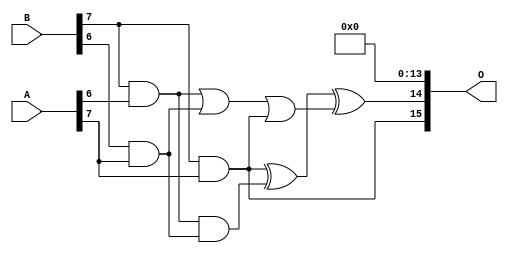
/***
* This code is a part of EvoApproxLib library (ehw.fit.vutbr.cz/approxlib) distributed under The MIT License.
* When used, please cite the following article(s): PRABAKARAN B. S., MRAZEK V., VASICEK Z., SEKANINA L., SHAFIQUE M. ApproxFPGAs: Embracing ASIC-based Approximate Arithmetic Components for FPGA-Based Systems. DAC 2020. 
***/
// MAE% = 0.0018 %
// MAE = 76450 
// WCE% = 0.0092 %
// WCE = 394341 
// WCRE% = 125.00 %
// EP% = 99.98 %
// MRE% = 0.10 %
// MSE = 87594.761e5 
// FPGA_POWER = 3.6
// FPGA_DELAY = 14
// FPGA_LUT = 214

module mult8_cgp14ep_ep65536_wc16384_2_csamcsa (
    A,
    B,
    O
);

input [7:0] A;
input [7:0] B;
output [15:0] O;

wire sig_225,sig_267,sig_268,sig_299,sig_300,sig_302,sig_328,sig_331;

assign sig_225 = B[7] & A[6];
assign sig_267 = B[6] & A[7];
assign sig_268 = B[7] & A[7];
assign sig_299 = sig_225 | sig_267;
assign sig_300 = sig_225 & sig_267;
assign sig_302 = sig_299 | sig_268;
assign sig_328 = sig_268 ^ sig_300;
assign sig_331 = sig_328 ^ sig_302;

assign O[15] = sig_268;
assign O[14] = sig_331;
assign O[13] = 1'b0;
assign O[12] = 1'b0;
assign O[11] = 1'b0;
assign O[10] = 1'b0;
assign O[9] = 1'b0;
assign O[8] = 1'b0;
assign O[7] = 1'b0;
assign O[6] = 1'b0;
assign O[5] = 1'b0;
assign O[4] = 1'b0;
assign O[3] = 1'b0;
assign O[2] = 1'b0;
assign O[1] = 1'b0;
assign O[0] = 1'b0;

endmodule

module mult8_cgp14ep_ep63897_wc761_csamrca (
    A,
    B,
    O
);

input [7:0] A;
input [7:0] B;
output [15:0] O;

wire sig_23,sig_30,sig_31,sig_44,sig_51,sig_52,sig_53,sig_79,sig_84,sig_85,sig_94,sig_95,sig_96,sig_122,sig_123,sig_127,sig_128,sig_130,sig_131,sig_134;
wire sig_136,sig_137,sig_138,sig_139,sig_160,sig_164,sig_165,sig_166,sig_167,sig_168,sig_169,sig_170,sig_171,sig_172,sig_173,sig_174,sig_178,sig_179,sig_180,sig_181;
wire sig_182,sig_194,sig_201,sig_203,sig_204,sig_205,sig_206,sig_207,sig_208,sig_209,sig_210,sig_211,sig_212,sig_213,sig_214,sig_215,sig_216,sig_217,sig_221,sig_222;
wire sig_223,sig_224,sig_225,sig_232,sig_241,sig_242,sig_243,sig_244,sig_245,sig_246,sig_247,sig_248,sig_249,sig_250,sig_251,sig_252,sig_253,sig_254,sig_255,sig_256;
wire sig_257,sig_258,sig_259,sig_260,sig_263,sig_264,sig_265,sig_266,sig_267,sig_268,sig_277,sig_279,sig_281,sig_282,sig_283,sig_284,sig_285,sig_286,sig_287,sig_288;
wire sig_289,sig_290,sig_291,sig_292,sig_293,sig_294,sig_295,sig_296,sig_297,sig_298,sig_299,sig_300,sig_301,sig_302,sig_303,sig_306,sig_307,sig_311,sig_312,sig_313;
wire sig_314,sig_315,sig_316,sig_317,sig_318,sig_319,sig_320,sig_321,sig_322,sig_323,sig_324,sig_325,sig_326,sig_327,sig_328,sig_329,sig_330,sig_331,sig_332,sig_333;
wire sig_334,sig_335;

assign sig_23 = B[7] & A[0];
assign sig_30 = B[6] & A[1];
assign sig_31 = B[7] & A[1];
assign sig_44 = sig_23 | sig_30;
assign sig_51 = B[5] & A[2];
assign sig_52 = B[6] & A[2];
assign sig_53 = B[7] & A[2];
assign sig_79 = sig_44 | sig_51;
assign sig_84 = sig_31 | sig_52;
assign sig_85 = sig_31 & sig_52;
assign sig_94 = B[5] & A[3];
assign sig_95 = B[6] & A[3];
assign sig_96 = B[7] & A[3];
assign sig_122 = sig_84 | sig_94;
assign sig_123 = sig_84 & sig_94;
assign sig_127 = sig_53 ^ sig_95;
assign sig_128 = sig_53 & sig_95;
assign sig_130 = sig_127 ^ sig_85;
assign sig_131 = sig_128 | sig_85;
assign sig_134 = B[2] & A[6];
assign sig_136 = B[4] & A[4];
assign sig_137 = B[5] & A[4];
assign sig_138 = B[6] & A[4];
assign sig_139 = B[7] & A[4];
assign sig_160 = sig_122 | sig_136;
assign sig_164 = sig_122 & sig_136;
assign sig_165 = sig_130 ^ sig_137;
assign sig_166 = sig_130 & sig_137;
assign sig_167 = sig_165 & sig_123;
assign sig_168 = sig_165 ^ sig_123;
assign sig_169 = sig_166 | sig_167;
assign sig_170 = sig_96 ^ sig_138;
assign sig_171 = sig_96 & sig_138;
assign sig_172 = sig_170 & sig_131;
assign sig_173 = sig_170 ^ sig_131;
assign sig_174 = sig_171 | sig_172;
assign sig_178 = B[3] & A[5];
assign sig_179 = B[4] & A[5];
assign sig_180 = B[5] & A[5];
assign sig_181 = B[6] & A[5];
assign sig_182 = B[7] & A[5];
assign sig_194 = sig_160 & sig_134;
assign sig_201 = sig_160 | sig_134;
assign sig_203 = sig_168 ^ sig_179;
assign sig_204 = sig_168 & sig_179;
assign sig_205 = sig_203 & sig_164;
assign sig_206 = sig_203 ^ sig_164;
assign sig_207 = sig_204 | sig_205;
assign sig_208 = sig_173 ^ sig_180;
assign sig_209 = sig_173 & sig_180;
assign sig_210 = sig_208 & sig_169;
assign sig_211 = sig_208 ^ sig_169;
assign sig_212 = sig_209 | sig_210;
assign sig_213 = sig_139 ^ sig_181;
assign sig_214 = sig_139 & sig_181;
assign sig_215 = sig_213 & sig_174;
assign sig_216 = sig_213 ^ sig_174;
assign sig_217 = sig_214 | sig_215;
assign sig_221 = B[3] & A[6];
assign sig_222 = B[4] & A[6];
assign sig_223 = B[5] & A[6];
assign sig_224 = B[6] & A[6];
assign sig_225 = B[7] & A[6];
assign sig_232 = A[7] & B[1];
assign sig_241 = sig_206 ^ sig_221;
assign sig_242 = sig_206 & sig_221;
assign sig_243 = sig_241 & sig_178;
assign sig_244 = sig_241 ^ sig_178;
assign sig_245 = sig_242 | sig_243;
assign sig_246 = sig_211 ^ sig_222;
assign sig_247 = sig_211 & sig_222;
assign sig_248 = sig_246 & sig_207;
assign sig_249 = sig_246 ^ sig_207;
assign sig_250 = sig_247 | sig_248;
assign sig_251 = sig_216 ^ sig_223;
assign sig_252 = sig_216 & sig_223;
assign sig_253 = sig_251 & sig_212;
assign sig_254 = sig_251 ^ sig_212;
assign sig_255 = sig_252 | sig_253;
assign sig_256 = sig_182 ^ sig_224;
assign sig_257 = sig_182 & sig_224;
assign sig_258 = sig_256 & sig_217;
assign sig_259 = sig_256 ^ sig_217;
assign sig_260 = sig_257 | sig_258;
assign sig_263 = B[2] & A[7];
assign sig_264 = B[3] & A[7];
assign sig_265 = B[4] & A[7];
assign sig_266 = B[5] & A[7];
assign sig_267 = B[6] & A[7];
assign sig_268 = B[7] & A[7];
assign sig_277 = sig_263 & sig_244;
assign sig_279 = sig_244 ^ sig_263;
assign sig_281 = sig_279 & sig_194;
assign sig_282 = sig_279 ^ sig_194;
assign sig_283 = sig_277 | sig_281;
assign sig_284 = sig_249 ^ sig_264;
assign sig_285 = sig_249 & sig_264;
assign sig_286 = sig_284 & sig_245;
assign sig_287 = sig_284 ^ sig_245;
assign sig_288 = sig_285 | sig_286;
assign sig_289 = sig_254 ^ sig_265;
assign sig_290 = sig_254 & sig_265;
assign sig_291 = sig_289 & sig_250;
assign sig_292 = sig_289 ^ sig_250;
assign sig_293 = sig_290 | sig_291;
assign sig_294 = sig_259 ^ sig_266;
assign sig_295 = sig_259 & sig_266;
assign sig_296 = sig_294 & sig_255;
assign sig_297 = sig_294 ^ sig_255;
assign sig_298 = sig_295 | sig_296;
assign sig_299 = sig_225 ^ sig_267;
assign sig_300 = sig_225 & sig_267;
assign sig_301 = sig_299 & sig_260;
assign sig_302 = sig_299 ^ sig_260;
assign sig_303 = sig_300 | sig_301;
assign sig_306 = sig_282 ^ sig_232;
assign sig_307 = sig_282 & sig_232;
assign sig_311 = sig_287 ^ sig_283;
assign sig_312 = sig_287 & sig_283;
assign sig_313 = sig_311 & sig_307;
assign sig_314 = sig_311 ^ sig_307;
assign sig_315 = sig_312 | sig_313;
assign sig_316 = sig_292 ^ sig_288;
assign sig_317 = sig_292 & sig_288;
assign sig_318 = sig_316 & sig_315;
assign sig_319 = sig_316 ^ sig_315;
assign sig_320 = sig_317 | sig_318;
assign sig_321 = sig_297 ^ sig_293;
assign sig_322 = sig_297 & sig_293;
assign sig_323 = sig_321 & sig_320;
assign sig_324 = sig_321 ^ sig_320;
assign sig_325 = sig_322 | sig_323;
assign sig_326 = sig_302 ^ sig_298;
assign sig_327 = sig_302 & sig_298;
assign sig_328 = sig_326 & sig_325;
assign sig_329 = sig_326 ^ sig_325;
assign sig_330 = sig_327 | sig_328;
assign sig_331 = sig_268 ^ sig_303;
assign sig_332 = A[7] & sig_303;
assign sig_333 = sig_268 & sig_330;
assign sig_334 = sig_331 ^ sig_330;
assign sig_335 = sig_332 | sig_333;

assign O[15] = sig_335;
assign O[14] = sig_334;
assign O[13] = sig_329;
assign O[12] = sig_324;
assign O[11] = sig_319;
assign O[10] = sig_314;
assign O[9] = sig_306;
assign O[8] = sig_201;
assign O[7] = sig_79;
assign O[6] = sig_232;
assign O[5] = 1'b0;
assign O[4] = sig_136;
assign O[3] = 1'b0;
assign O[2] = 1'b0;
assign O[1] = 1'b0;
assign O[0] = 1'b0;

endmodule



module mul8_364(A, B, O);
  input [7:0] A;
  input [7:0] B;
  output [15:0] O;
  wire [2031:0] N;

  assign N[0] = A[0];
  assign N[1] = A[0];
  assign N[2] = A[1];
  assign N[3] = A[1];
  assign N[4] = A[2];
  assign N[5] = A[2];
  assign N[6] = A[3];
  assign N[7] = A[3];
  assign N[8] = A[4];
  assign N[9] = A[4];
  assign N[10] = A[5];
  assign N[11] = A[5];
  assign N[12] = A[6];
  assign N[13] = A[6];
  assign N[14] = A[7];
  assign N[15] = A[7];
  assign N[16] = B[0];
  assign N[17] = B[0];
  assign N[18] = B[1];
  assign N[19] = B[1];
  assign N[20] = B[2];
  assign N[21] = B[2];
  assign N[22] = B[3];
  assign N[23] = B[3];
  assign N[24] = B[4];
  assign N[25] = B[4];
  assign N[26] = B[5];
  assign N[27] = B[5];
  assign N[28] = B[6];
  assign N[29] = B[6];
  assign N[30] = B[7];
  assign N[31] = B[7];

  PDKGENAND2X1 n32(.A(N[0]), .B(N[16]), .Y(N[32]));
  PDKGENAND2X1 n48(.A(N[2]), .B(N[16]), .Y(N[48]));
  PDKGENAND2X1 n64(.A(N[4]), .B(N[16]), .Y(N[64]));
  PDKGENAND2X1 n82(.A(N[6]), .B(N[16]), .Y(N[82]));
  PDKGENAND2X1 n98(.A(N[8]), .B(N[16]), .Y(N[98]));
  PDKGENAND2X1 n114(.A(N[10]), .B(N[16]), .Y(N[114]));
  PDKGENAND2X1 n132(.A(N[12]), .B(N[16]), .Y(N[132]));
  PDKGENAND2X1 n148(.A(N[14]), .B(N[16]), .Y(N[148]));
  assign N[149] = N[148];
  PDKGENAND2X1 n164(.A(N[0]), .B(N[18]), .Y(N[164]));
  PDKGENBUFX2 n166(.A(N[149]), .Y(N[166]));
  assign N[167] = N[166];
  PDKGENAND2X1 n182(.A(N[2]), .B(N[18]), .Y(N[182]));
  PDKGENAND2X1 n198(.A(N[4]), .B(N[18]), .Y(N[198]));
  PDKGENAND2X1 n214(.A(N[6]), .B(N[18]), .Y(N[214]));
  PDKGENAND2X1 n232(.A(N[8]), .B(N[18]), .Y(N[232]));
  PDKGENAND2X1 n248(.A(N[10]), .B(N[18]), .Y(N[248]));
  PDKGENAND2X1 n264(.A(N[12]), .B(N[18]), .Y(N[264]));
  PDKGENAND2X1 n282(.A(N[14]), .B(N[18]), .Y(N[282]));
  PDKGENHAX1 n298(.A(N[48]), .B(N[164]), .YS(N[298]), .YC(N[299]));
  PDKGENHAX1 n314(.A(N[64]), .B(N[182]), .YS(N[314]), .YC(N[315]));
  PDKGENHAX1 n332(.A(N[82]), .B(N[198]), .YS(N[332]), .YC(N[333]));
  PDKGENHAX1 n348(.A(N[98]), .B(N[214]), .YS(N[348]), .YC(N[349]));
  PDKGENHAX1 n364(.A(N[114]), .B(N[232]), .YS(N[364]), .YC(N[365]));
  PDKGENHAX1 n382(.A(N[132]), .B(N[248]), .YS(N[382]), .YC(N[383]));
  PDKGENHAX1 n398(.A(N[167]), .B(N[264]), .YS(N[398]), .YC(N[399]));
  PDKGENAND2X1 n414(.A(N[0]), .B(N[20]), .Y(N[414]));
  PDKGENAND2X1 n432(.A(N[2]), .B(N[20]), .Y(N[432]));
  PDKGENAND2X1 n448(.A(N[4]), .B(N[20]), .Y(N[448]));
  PDKGENAND2X1 n464(.A(N[6]), .B(N[20]), .Y(N[464]));
  PDKGENAND2X1 n482(.A(N[8]), .B(N[20]), .Y(N[482]));
  PDKGENAND2X1 n498(.A(N[10]), .B(N[20]), .Y(N[498]));
  PDKGENAND2X1 n514(.A(N[12]), .B(N[20]), .Y(N[514]));
  PDKGENAND2X1 n532(.A(N[14]), .B(N[20]), .Y(N[532]));
  PDKGENFAX1 n548(.A(N[314]), .B(N[414]), .C(N[299]), .YS(N[548]), .YC(N[549]));
  PDKGENFAX1 n564(.A(N[332]), .B(N[432]), .C(N[315]), .YS(N[564]), .YC(N[565]));
  PDKGENFAX1 n582(.A(N[348]), .B(N[448]), .C(N[333]), .YS(N[582]), .YC(N[583]));
  PDKGENFAX1 n598(.A(N[364]), .B(N[464]), .C(N[349]), .YS(N[598]), .YC(N[599]));
  PDKGENFAX1 n614(.A(N[382]), .B(N[482]), .C(N[365]), .YS(N[614]), .YC(N[615]));
  PDKGENFAX1 n632(.A(N[398]), .B(N[498]), .C(N[383]), .YS(N[632]), .YC(N[633]));
  PDKGENFAX1 n648(.A(N[282]), .B(N[514]), .C(N[399]), .YS(N[648]), .YC(N[649]));
  PDKGENAND2X1 n664(.A(N[0]), .B(N[22]), .Y(N[664]));
  PDKGENAND2X1 n682(.A(N[2]), .B(N[22]), .Y(N[682]));
  PDKGENAND2X1 n698(.A(N[4]), .B(N[22]), .Y(N[698]));
  PDKGENAND2X1 n714(.A(N[6]), .B(N[22]), .Y(N[714]));
  PDKGENAND2X1 n732(.A(N[8]), .B(N[22]), .Y(N[732]));
  PDKGENAND2X1 n748(.A(N[10]), .B(N[22]), .Y(N[748]));
  PDKGENAND2X1 n764(.A(N[12]), .B(N[22]), .Y(N[764]));
  PDKGENAND2X1 n782(.A(N[14]), .B(N[22]), .Y(N[782]));
  PDKGENFAX1 n798(.A(N[564]), .B(N[664]), .C(N[549]), .YS(N[798]), .YC(N[799]));
  PDKGENFAX1 n814(.A(N[582]), .B(N[682]), .C(N[565]), .YS(N[814]), .YC(N[815]));
  PDKGENFAX1 n832(.A(N[598]), .B(N[698]), .C(N[583]), .YS(N[832]), .YC(N[833]));
  PDKGENFAX1 n848(.A(N[614]), .B(N[714]), .C(N[599]), .YS(N[848]), .YC(N[849]));
  PDKGENFAX1 n864(.A(N[632]), .B(N[732]), .C(N[615]), .YS(N[864]), .YC(N[865]));
  PDKGENFAX1 n882(.A(N[648]), .B(N[748]), .C(N[633]), .YS(N[882]), .YC(N[883]));
  PDKGENFAX1 n898(.A(N[532]), .B(N[764]), .C(N[649]), .YS(N[898]), .YC(N[899]));
  PDKGENAND2X1 n914(.A(N[0]), .B(N[24]), .Y(N[914]));
  PDKGENAND2X1 n932(.A(N[2]), .B(N[24]), .Y(N[932]));
  PDKGENAND2X1 n948(.A(N[4]), .B(N[24]), .Y(N[948]));
  PDKGENAND2X1 n964(.A(N[6]), .B(N[24]), .Y(N[964]));
  PDKGENAND2X1 n982(.A(N[8]), .B(N[24]), .Y(N[982]));
  PDKGENAND2X1 n998(.A(N[10]), .B(N[24]), .Y(N[998]));
  PDKGENAND2X1 n1014(.A(N[12]), .B(N[24]), .Y(N[1014]));
  PDKGENAND2X1 n1032(.A(N[14]), .B(N[24]), .Y(N[1032]));
  PDKGENFAX1 n1048(.A(N[814]), .B(N[914]), .C(N[799]), .YS(N[1048]), .YC(N[1049]));
  PDKGENFAX1 n1064(.A(N[832]), .B(N[932]), .C(N[815]), .YS(N[1064]), .YC(N[1065]));
  PDKGENFAX1 n1082(.A(N[848]), .B(N[948]), .C(N[833]), .YS(N[1082]), .YC(N[1083]));
  PDKGENFAX1 n1098(.A(N[864]), .B(N[964]), .C(N[849]), .YS(N[1098]), .YC(N[1099]));
  PDKGENFAX1 n1114(.A(N[882]), .B(N[982]), .C(N[865]), .YS(N[1114]), .YC(N[1115]));
  PDKGENFAX1 n1132(.A(N[898]), .B(N[998]), .C(N[883]), .YS(N[1132]), .YC(N[1133]));
  PDKGENFAX1 n1148(.A(N[782]), .B(N[1014]), .C(N[899]), .YS(N[1148]), .YC(N[1149]));
  PDKGENAND2X1 n1164(.A(N[0]), .B(N[26]), .Y(N[1164]));
  PDKGENAND2X1 n1182(.A(N[2]), .B(N[26]), .Y(N[1182]));
  PDKGENAND2X1 n1198(.A(N[4]), .B(N[26]), .Y(N[1198]));
  PDKGENAND2X1 n1214(.A(N[6]), .B(N[26]), .Y(N[1214]));
  PDKGENAND2X1 n1232(.A(N[8]), .B(N[26]), .Y(N[1232]));
  PDKGENAND2X1 n1248(.A(N[10]), .B(N[26]), .Y(N[1248]));
  PDKGENAND2X1 n1264(.A(N[12]), .B(N[26]), .Y(N[1264]));
  PDKGENAND2X1 n1282(.A(N[14]), .B(N[26]), .Y(N[1282]));
  PDKGENFAX1 n1298(.A(N[1064]), .B(N[1164]), .C(N[1049]), .YS(N[1298]), .YC(N[1299]));
  PDKGENFAX1 n1314(.A(N[1082]), .B(N[1182]), .C(N[1065]), .YS(N[1314]), .YC(N[1315]));
  PDKGENFAX1 n1332(.A(N[1098]), .B(N[1198]), .C(N[1083]), .YS(N[1332]), .YC(N[1333]));
  PDKGENFAX1 n1348(.A(N[1114]), .B(N[1214]), .C(N[1099]), .YS(N[1348]), .YC(N[1349]));
  PDKGENFAX1 n1364(.A(N[1132]), .B(N[1232]), .C(N[1115]), .YS(N[1364]), .YC(N[1365]));
  PDKGENFAX1 n1382(.A(N[1148]), .B(N[1248]), .C(N[1133]), .YS(N[1382]), .YC(N[1383]));
  PDKGENFAX1 n1398(.A(N[1032]), .B(N[1264]), .C(N[1149]), .YS(N[1398]), .YC(N[1399]));
  PDKGENAND2X1 n1414(.A(N[0]), .B(N[28]), .Y(N[1414]));
  PDKGENAND2X1 n1432(.A(N[2]), .B(N[28]), .Y(N[1432]));
  PDKGENAND2X1 n1448(.A(N[4]), .B(N[28]), .Y(N[1448]));
  PDKGENAND2X1 n1464(.A(N[6]), .B(N[28]), .Y(N[1464]));
  PDKGENAND2X1 n1482(.A(N[8]), .B(N[28]), .Y(N[1482]));
  PDKGENAND2X1 n1498(.A(N[10]), .B(N[28]), .Y(N[1498]));
  PDKGENAND2X1 n1514(.A(N[12]), .B(N[28]), .Y(N[1514]));
  PDKGENAND2X1 n1532(.A(N[14]), .B(N[28]), .Y(N[1532]));
  PDKGENFAX1 n1548(.A(N[1314]), .B(N[1414]), .C(N[1299]), .YS(N[1548]), .YC(N[1549]));
  PDKGENFAX1 n1564(.A(N[1332]), .B(N[1432]), .C(N[1315]), .YS(N[1564]), .YC(N[1565]));
  PDKGENFAX1 n1582(.A(N[1348]), .B(N[1448]), .C(N[1333]), .YS(N[1582]), .YC(N[1583]));
  PDKGENFAX1 n1598(.A(N[1364]), .B(N[1464]), .C(N[1349]), .YS(N[1598]), .YC(N[1599]));
  PDKGENFAX1 n1614(.A(N[1382]), .B(N[1482]), .C(N[1365]), .YS(N[1614]), .YC(N[1615]));
  PDKGENFAX1 n1632(.A(N[1398]), .B(N[1498]), .C(N[1383]), .YS(N[1632]), .YC(N[1633]));
  PDKGENFAX1 n1648(.A(N[1282]), .B(N[1514]), .C(N[1399]), .YS(N[1648]), .YC(N[1649]));
  PDKGENAND2X1 n1664(.A(N[0]), .B(N[30]), .Y(N[1664]));
  PDKGENAND2X1 n1682(.A(N[2]), .B(N[30]), .Y(N[1682]));
  PDKGENAND2X1 n1698(.A(N[4]), .B(N[30]), .Y(N[1698]));
  PDKGENAND2X1 n1714(.A(N[6]), .B(N[30]), .Y(N[1714]));
  PDKGENAND2X1 n1732(.A(N[8]), .B(N[30]), .Y(N[1732]));
  PDKGENAND2X1 n1748(.A(N[10]), .B(N[30]), .Y(N[1748]));
  PDKGENAND2X1 n1764(.A(N[12]), .B(N[30]), .Y(N[1764]));
  PDKGENAND2X1 n1782(.A(N[14]), .B(N[30]), .Y(N[1782]));
  PDKGENFAX1 n1798(.A(N[1564]), .B(N[1664]), .C(N[1549]), .YS(N[1798]), .YC(N[1799]));
  PDKGENFAX1 n1814(.A(N[1582]), .B(N[1682]), .C(N[1565]), .YS(N[1814]), .YC(N[1815]));
  PDKGENFAX1 n1832(.A(N[1598]), .B(N[1698]), .C(N[1583]), .YS(N[1832]), .YC(N[1833]));
  PDKGENFAX1 n1848(.A(N[1614]), .B(N[1714]), .C(N[1599]), .YS(N[1848]), .YC(N[1849]));
  PDKGENFAX1 n1864(.A(N[1632]), .B(N[1732]), .C(N[1615]), .YS(N[1864]), .YC(N[1865]));
  PDKGENFAX1 n1882(.A(N[1648]), .B(N[1748]), .C(N[1633]), .YS(N[1882]), .YC(N[1883]));
  PDKGENFAX1 n1898(.A(N[1532]), .B(N[1764]), .C(N[1649]), .YS(N[1898]), .YC(N[1899]));
  PDKGENHAX1 n1914(.A(N[1814]), .B(N[1799]), .YS(N[1914]), .YC(N[1915]));
  PDKGENFAX1 n1932(.A(N[1832]), .B(N[1815]), .C(N[1915]), .YS(N[1932]), .YC(N[1933]));
  PDKGENFAX1 n1948(.A(N[1848]), .B(N[1833]), .C(N[1933]), .YS(N[1948]), .YC(N[1949]));
  PDKGENFAX1 n1964(.A(N[1864]), .B(N[1849]), .C(N[1949]), .YS(N[1964]), .YC(N[1965]));
  PDKGENFAX1 n1982(.A(N[1882]), .B(N[1865]), .C(N[1965]), .YS(N[1982]), .YC(N[1983]));
  PDKGENFAX1 n1998(.A(N[1898]), .B(N[1883]), .C(N[1983]), .YS(N[1998]), .YC(N[1999]));
  PDKGENFAX1 n2014(.A(N[1782]), .B(N[1899]), .C(N[1999]), .YS(N[2014]), .YC(N[2015]));

  assign O[0] = N[32];
  assign O[1] = N[298];
  assign O[2] = N[548];
  assign O[3] = N[798];
  assign O[4] = N[1048];
  assign O[5] = N[1298];
  assign O[6] = N[1548];
  assign O[7] = N[1798];
  assign O[8] = N[1914];
  assign O[9] = N[1932];
  assign O[10] = N[1948];
  assign O[11] = N[1964];
  assign O[12] = N[1982];
  assign O[13] = N[1998];
  assign O[14] = N[2014];
  assign O[15] = N[2015];

endmodule

module CLA32bit(a,b,c_in,sum,c_out);

input [31:0]a,b;
input c_in;
output [31:0]sum;
output c_out;

wire [31:0] sum_out,  p,  g;
wire [7:0] PPP, GGG;
wire [8:0] CC;

assign p[31:0] = a[31:0] ^ b[31:0];
assign g[31:0] = a[31:0] & b[31:0];

assign PPP[0]= p [3] & p [2] & p [1] & p [0];
assign PPP[1]= p [7] & p [6] & p [5] & p [4];
assign PPP[2]= p[11] & p[10] & p [9] & p [8];
assign PPP[3]= p[15] & p[14] & p[13] & p[12];
assign PPP[4]= p[19] & p[18] & p[17] & p[16];
assign PPP[5]= p[23] & p[22] & p[21] & p[20];
assign PPP[6]= p[27] & p[26] & p[25] & p[24];
assign PPP[7]= p[31] & p[30] & p[29] & p[28];

assign GGG[0]= g[3]  | (p [3] & g [2])  | (p [3] & p [2] & g [1])  | (p [3] & p [2] & p [1] & g [0]) ;
assign GGG[1]= g[7]  | (p [7] & g [6])  | (p [7] & p [6] & g [5])  | (p [7] & p [6] & p [5] & g [4]);
assign GGG[2]= g[11] | (p[11] & g[10])  | (p[11] & p[10] & g [9])  | (p[11] & p[10] & p [9] & g [8]);
assign GGG[3]= g[15] | (p[15] & g[14])  | (p[15] & p[14] & g[13])  | (p[15] & p[14] & p[13] & g[12]);
assign GGG[4]= g[19] | (p[19] & g[18])  | (p[19] & p[18] & g[17])  | (p[19] & p[18] & p[17] & g[16]);
assign GGG[5]= g[23] | (p[23] & g[22])  | (p[23] & p[22] & g[21])  | (p[23] & p[22] & p[21] & g[20]);
assign GGG[6]= g[27] | (p[27] & g[26])  | (p[27] & p[26] & g[25])  | (p[27] & p[26] & p[25] & g[24]);
assign GGG[7]= g[31] | (p[31] & g[30])  | (p[31] & p[30] & g[29])  | (p[31] & p[30] & p[29] & g[28]);
assign CC[0] = c_in;
assign CC[1] = GGG[0]  |  PPP[0]&  CC[0];
assign CC[2] = GGG[1]  |  PPP[1]&GGG[0]  |  PPP[1]&PPP[0]&  CC[0];
assign CC[3] = GGG[2]  |  PPP[2]&GGG[1]  |  PPP[2]&PPP[1]&GGG[0]  |  PPP[2]&PPP[1]&PPP[0]&  CC[0];
assign CC[4] = GGG[3]  |  PPP[3]&GGG[2]  |  PPP[3]&PPP[2]&GGG[1]  |  PPP[3]&PPP[2]&PPP[1]&GGG[0]  |  PPP[3]&PPP[2]&PPP[1]&PPP[0]&  CC[0];
assign CC[5] = GGG[4]  |  PPP[4]&GGG[3]  |  PPP[4]&PPP[3]&GGG[2]  |  PPP[4]&PPP[3]&PPP[2]&GGG[1]  |  PPP[4]&PPP[3]&PPP[2]&PPP[1]&GGG[0] |  PPP[4]&PPP[3]&PPP[2]&PPP[1]&PPP[0]&  CC[0];
assign CC[6] = GGG[5]  |  PPP[5]&GGG[4]  |  PPP[5]&PPP[4]&GGG[3]  |  PPP[5]&PPP[4]&PPP[3]&GGG[2]  |  PPP[5]&PPP[4]&PPP[3]&PPP[2]&GGG[1] |  PPP[5]&PPP[4]&PPP[3]&PPP[2]&PPP[1]&GGG[0] |  PPP[5]&PPP[4]&PPP[3]&PPP[2]&PPP[1]&PPP[0]& CC[0];
assign CC[7] = GGG[6]  | PPP[6]&GGG[5]  |  PPP[6]&PPP[5]&GGG[4]  |  PPP[6]&PPP[5]&PPP[4]&GGG[3]  |  PPP[6]&PPP[5]&PPP[4]&PPP[3]&GGG[2]  |  PPP[6]&PPP[5]&PPP[4]&PPP[3]&PPP[2]&GGG[1] |  PPP[6]&PPP[5]&PPP[4]&PPP[3]&PPP[2]&PPP[1]&GGG[0] |  PPP[6]&PPP[5]&PPP[4]&PPP[3]&PPP[2]&PPP[1]&PPP[0] & CC[0];
assign CC[8] = GGG[7] | PPP[7]&GGG[6]  | PPP[7]&PPP[6]&GGG[5]  |  PPP[7]&PPP[6]&PPP[5]&GGG[4]  |  PPP[7]&PPP[6]&PPP[5]&PPP[4]&GGG[3]  |  PPP[7]&PPP[6]&PPP[5]&PPP[4]&PPP[3]&GGG[2]  |  PPP[7]&PPP[6]&PPP[5]&PPP[4]&PPP[3]&PPP[2]&GGG[1] |  PPP[7]&PPP[6]&PPP[5]&PPP[4]&PPP[3]&PPP[2]&PPP[1]&GGG[0] |  PPP[7]&PPP[6]&PPP[5]&PPP[4]&PPP[3]&PPP[2]&PPP[1]&PPP[0] & CC[0];
cla_4bit cla4bit1(.aa(a  [3:0]),  .bb(b  [3:0]),  .cin(CC[0]),   .pp(p  [3:0]),  .gg(g  [3:0]),   .summ(sum  [3:0]));
cla_4bit cla4bit2(.aa(a  [7:4]),  .bb(b  [7:4]),  .cin(CC[1]),   .pp(p  [7:4]),  .gg(g  [7:4]),   .summ(sum  [7:4]));
cla_4bit cla4bit3(.aa(a [11:8]),  .bb(b [11:8]),  .cin(CC[2]),   .pp(p [11:8]),  .gg(g [11:8]),   .summ(sum [11:8]));
cla_4bit cla4bit4(.aa(a[15:12]),  .bb(b[15:12]),  .cin(CC[3]),   .pp(p[15:12]),  .gg(g[15:12]),   .summ(sum[15:12]));
cla_4bit cla4bit5(.aa(a[19:16]),  .bb(b[19:16]),  .cin(CC[4]),   .pp(p[19:16]),  .gg(g[19:16]),   .summ(sum[19:16]));
cla_4bit cla4bit6(.aa(a[23:20]),  .bb(b[23:20]),  .cin(CC[5]),   .pp(p[23:20]),  .gg(g[23:20]),   .summ(sum[23:20]));
cla_4bit cla4bit7(.aa(a[27:24]),  .bb(b[27:24]),  .cin(CC[6]),   .pp(p[27:24]),  .gg(g[27:24]),   .summ(sum[27:24]));
cla_4bit cla4bit8(.aa(a[31:28]),  .bb(b[31:28]),  .cin(CC[7]),   .pp(p[31:28]),  .gg(g[31:28]),   .summ(sum[31:28]));

assign c_out=CC[8];

endmodule
module cla_4bit(aa,bb,cin,summ,pp,gg);
input  [3:0] aa,bb,pp,gg;  
input cin;
output [3:0] summ;

wire [3:0] c;

   assign c[0] = cin;
   assign c[1] = gg[0] | (pp[0] & c[0]);
   assign c[2] = gg[1] | (pp[1] & gg[0]) | (pp[1] & pp[0] & c[0]);
   assign c[3] = gg[2] | (pp[2] & gg[1]) | (pp[2] & pp[1] & gg[0])| (pp[2] & pp[1] & pp[0] & c[0]);

   assign summ[3:0] = pp[3:0]  ^  c[3:0];
endmodule

`timescale 1ns/100ps
module mul16u_877 ( input[15:0] A,
                   input[15:0] B,
                   output [31:0] O
                 );

wire [15:0] ll,lh,hl,hh;
wire [31:0] llhhlh_sum;
wire [31:0] shifted_llhh, shifted_lh, shifted_hl;

localparam MAX1 = 15;
localparam MIN1 = 8;

localparam MAX2 = 7;
localparam MIN2 = 0;

mult8_cgp14ep_ep65536_wc16384_2_csamcsa LxL (.A(A[MAX2:MIN2]), .B(B[MAX2:MIN2]), .O(ll));
mult8_cgp14ep_ep63897_wc761_csamrca HxL (.A(A[MAX1:MIN1]), .B(B[MAX2:MIN2]), .O(hl));
mult8_cgp14ep_ep63897_wc761_csamrca LxH (.A(A[MAX2:MIN2]), .B(B[MAX1:MIN1]), .O(lh));
mul8_364 HxH (.A(A[MAX1:MIN1]), .B(B[MAX1:MIN1]), .O(hh));

assign shifted_llhh = { hh, ll }; 
assign shifted_lh = { {8{1'b0}}, lh, {8{1'b0}}}; 
assign shifted_hl = { {8{1'b0}}, hl, {8{1'b0}}};
CLA32bit LLHHLH (.a(shifted_llhh), .b(shifted_lh), .c_in(1'b0), .sum(llhhlh_sum), .c_out());
CLA32bit SUMO (.a(llhhlh_sum), .b(shifted_hl), .c_in(1'b0), .sum(O), .c_out());

endmodule


/* mod */
module PDKGENBUFX2(input A, output Y );
     assign Y = A;
endmodule
/* mod */
module PDKGENFAX1( input A, input B, input C, output YS, output YC );
    assign YS = (A ^ B) ^ C;
    assign YC = (A & B) | (B & C) | (A & C);
endmodule
/* mod */
module PDKGENAND2X1(input A, input B, output Y );
     assign Y = A & B;
endmodule
/* mod */
module PDKGENHAX1( input A, input B, output YS, output YC );
    assign YS = A ^ B;
    assign YC = A & B;
endmodule